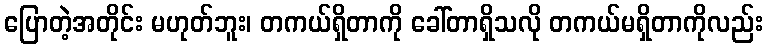
ပြောတဲ့အတိုင်း မဟုတ်ဘူး၊ တကယ်ရှိတာကို ခေါ်တာရှိသလို တကယ်မရှိတာကိုလည်း